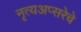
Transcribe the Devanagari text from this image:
नृत्यअप्सरेचे